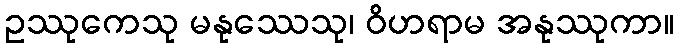
ဥဿုကေသု မနုဿေသု၊ ဝိဟရာမ အနုဿုကာ။